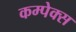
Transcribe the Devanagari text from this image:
कम्पेक्स